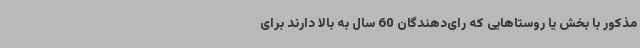
مذکور با بخش یا روستاهایی که رای‌دهندگان 60 سال به بالا دارند برای